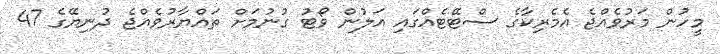
މީހުން މަރުވެއްޖެ އެމެރިކާގެ ސްޓޭޓެއްގައި އަލުން ވޯޓު ގުނުމަށް ތައްޔާރުވެއްޖެ ދުނިޔޭގެ 47